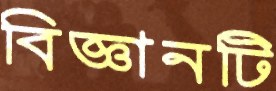
বিজ্ঞানটি